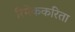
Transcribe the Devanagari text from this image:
रिमेककरिता